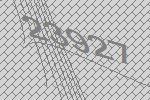
23927